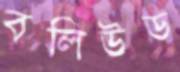
বলিউড